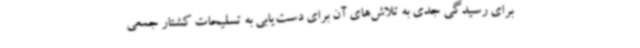
برای رسیدگی جدی به تلاش‌های آن برای دست‌یابی به تسلیحات کشتار جمعی